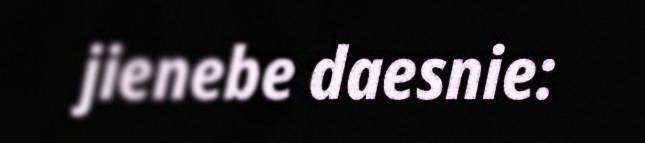
jienebe daesnie: